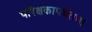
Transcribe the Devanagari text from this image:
परिक्षकापर्यंतचा